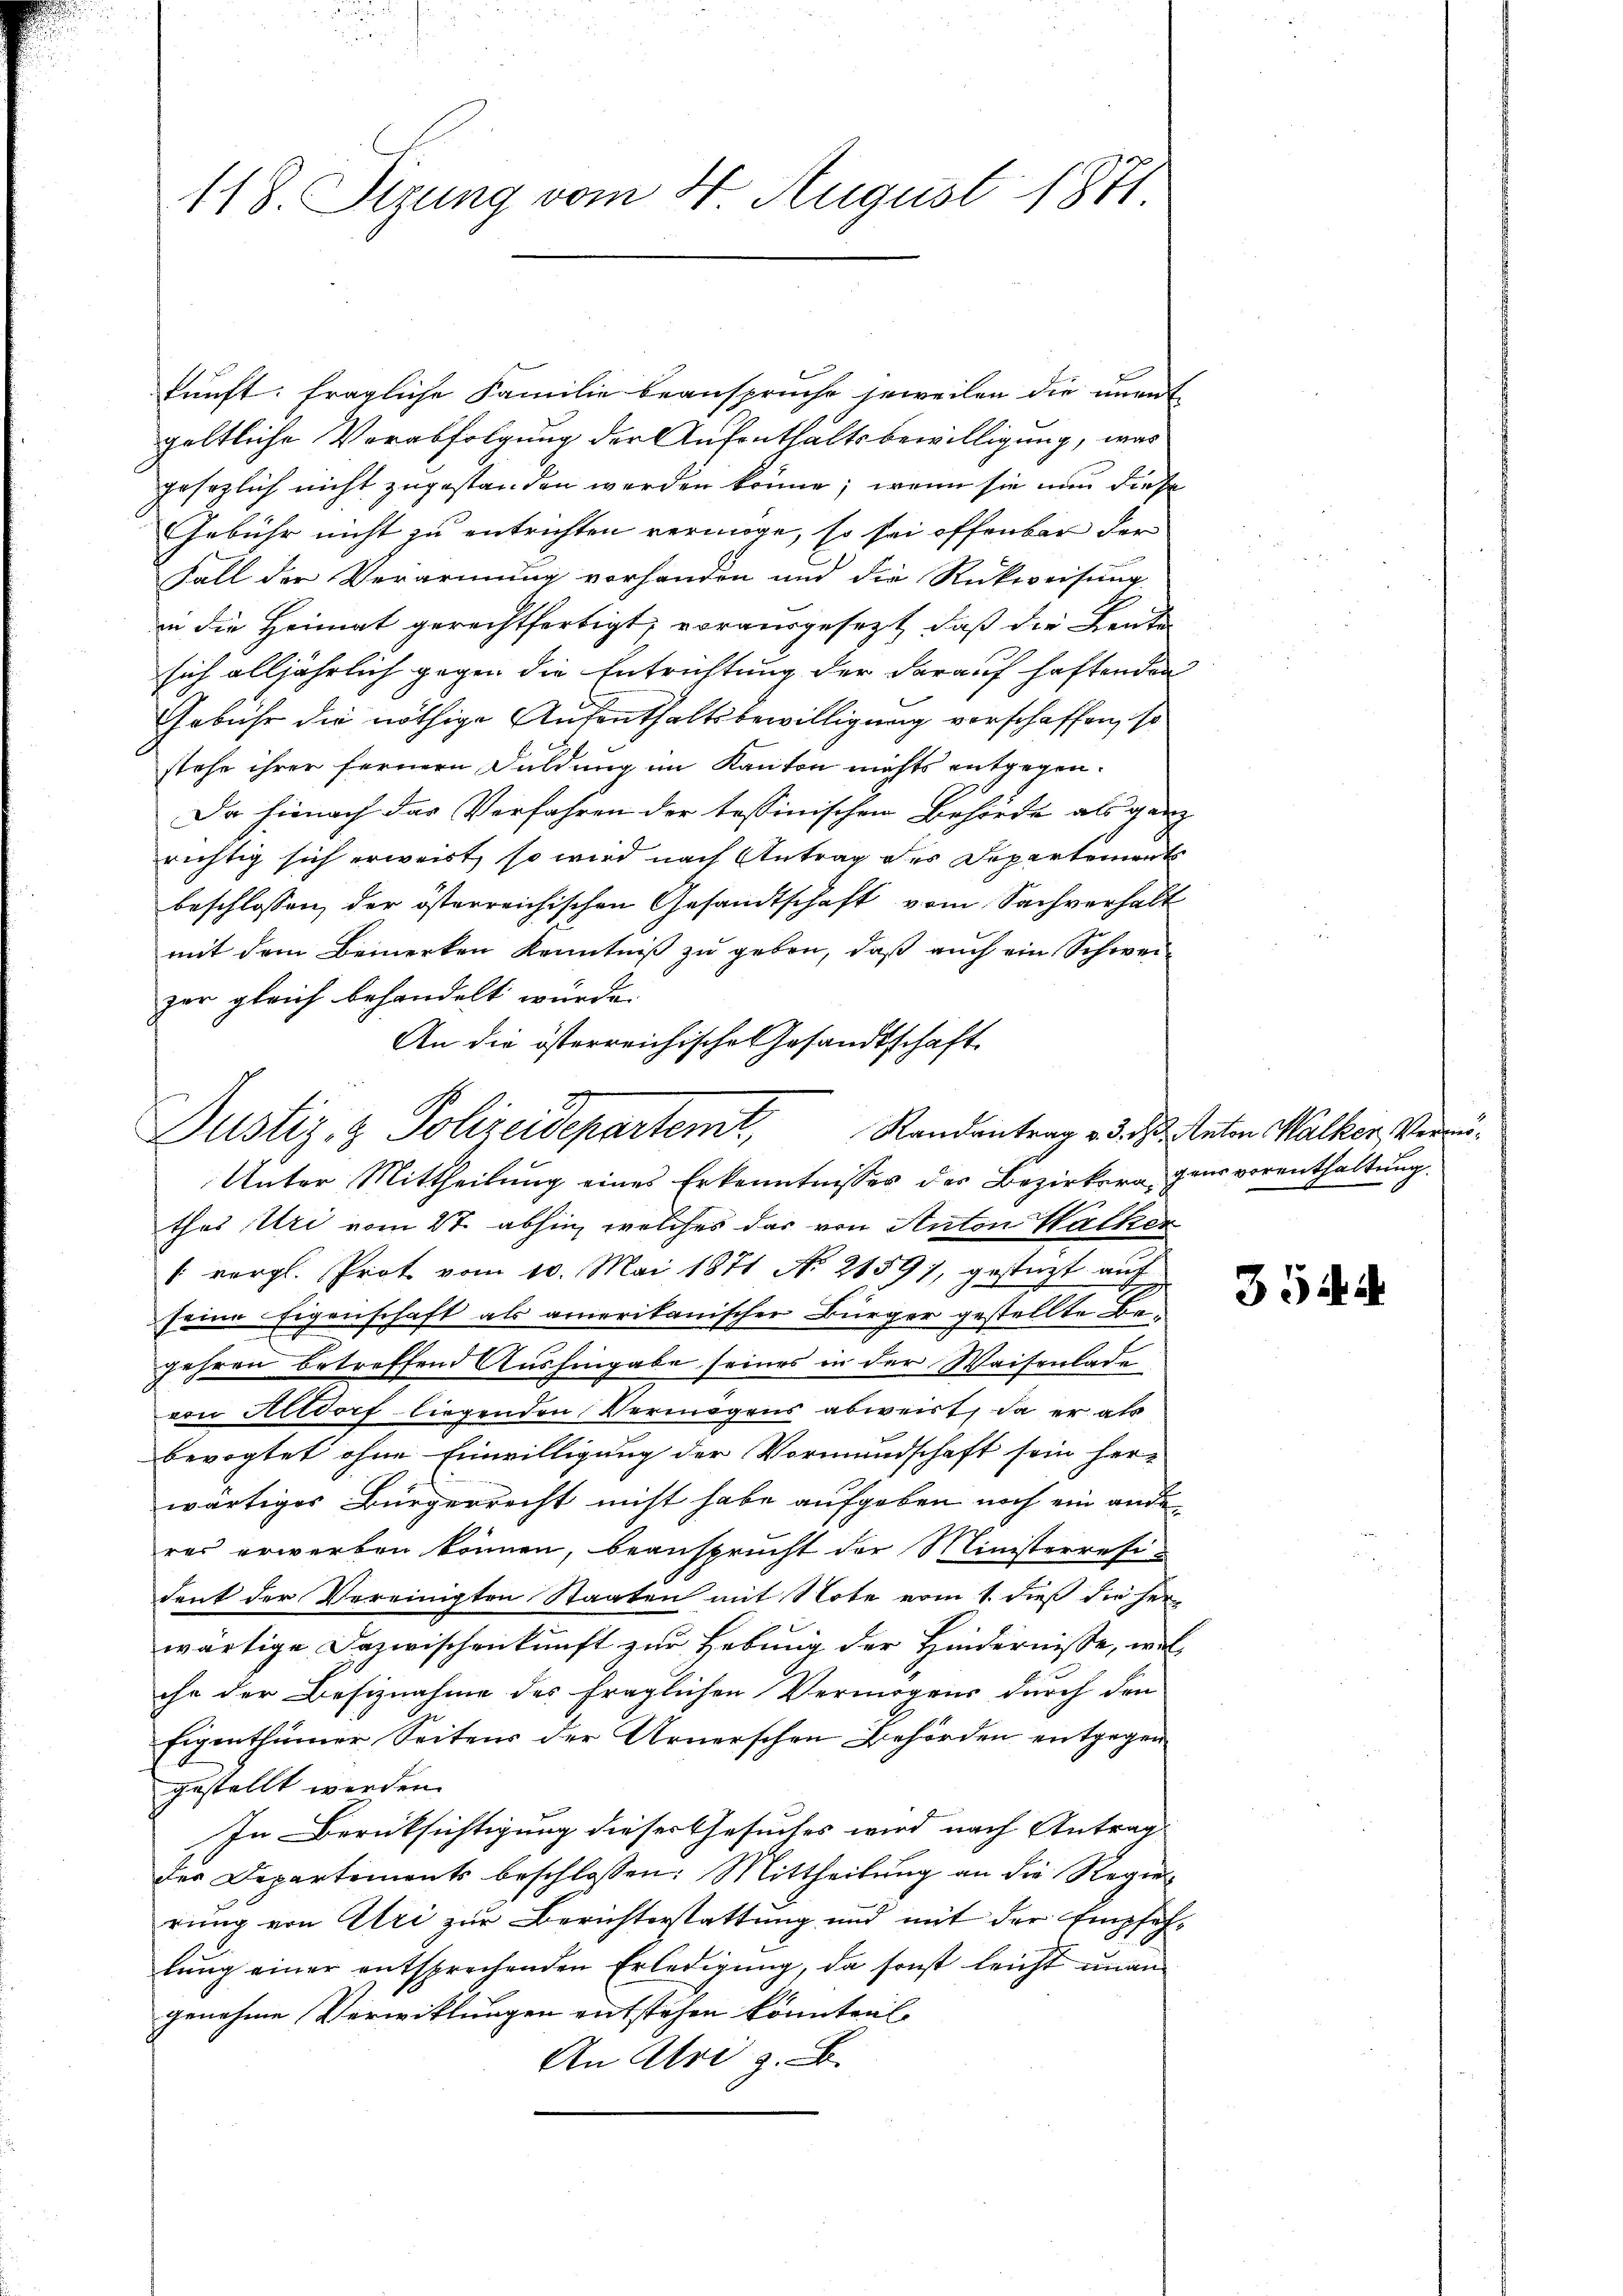
118. Sizung vom 4. August 1871

kunft: fragliche Familie beansprüche jeweilen die unent
geltliche Verabfolgung der Aufenthaltsbewilligung, was
gesezlich nicht zugestanden werden könne; wenn sie nun diese
Gebühr nicht zu entrichten vermöge, so sei offenbar der
Fall der Verarmung vorhanden und die Rückweisung
in die Heimat gerechtfertigt, vorausgesezt, daß die Bent
sich alljährlich gegen die Entrichtung der darauf haftenden
Gebühr die nöthige Aufenthaltsbewilligung vorschaffen, so
stehe ihrer fernern Fuldung im Kanton nichts entgegen¬
Da hienach das Verfahren der tessinischen Behörde als ganz
richtig sich erweist, so wird nach Antrag des Departements
beschlossen, der österreichischen Gesandtschaft vom Sachverhalt
mit dem Bemerken Kenntniß zu geben, daß auch ein Schweizer gleich behandelt wurde.
An die österreichischen Gesandtschaft

Justiz- & Polizeidepartemt,

Unter Mittheilung eines Erkenntnisses der Bezirksra, gens vorenthaltung.
thes Uri vom 27. abhin, welches das von Anton Walker
(vergl. Prot vom 10. Mai 1871 No 2159), gestüzt auf
seine Eigenschaft als amerikanischer Bürger gestellte Begehren betreffend Aushingabe seines in der Waisenlade
von Altdorf liegenden Vermögens abweist, da er als
bevogtet ohne Einwilligung der Vormundschaft sein her-
wärtiges Bürgerrecht nicht habe aufgeben noch ein ander
res erwerben können, beansprucht der Ministerresi-
dent der Vereinigten Staaten mit Note vom 1. dieß die her
wärtige Dazwischenkunft zur Hebung der Hindernisse, welche der Besiznahme des fraglichen Vermögens durch den
Eigenthümer Seitens der Arnerschen Behörden entgegen
gestellt werden.
In Berüksichtigung dieser Gesuches wird nach Antrag
der Departements beschlossen: Mittheilung an die Regierung von Uri zur Berichterstattung und mit der Empfehlŭng einer entsprechenden Erledigung, da sonst leicht unan
genehme Verwitlungen entstehen könntenl
An Uri z. B.

Randantrag v. 3. d. Anton Walker, Vermö¬

354 d